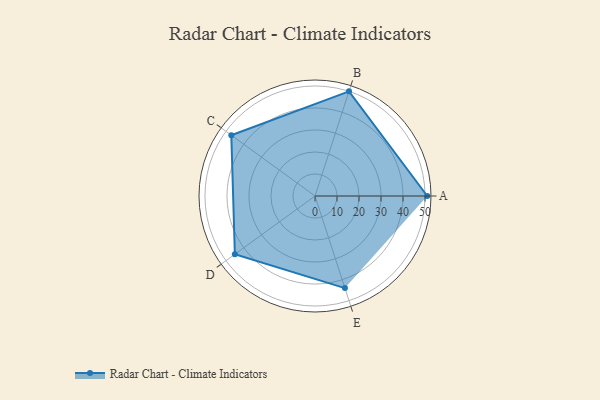
{"axis": {"x": "Skill", "y": "Score"}, "legend": ["Profile"], "data": [{"x": "A", "y": 51.0, "type": "Profile"}, {"x": "B", "y": 50.0, "type": "Profile"}, {"x": "C", "y": 47.0, "type": "Profile"}, {"x": "D", "y": 45.0, "type": "Profile"}, {"x": "E", "y": 44.0, "type": "Profile"}]}